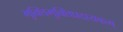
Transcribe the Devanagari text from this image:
भुक्तिमुक्तिप्रदायकम्